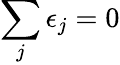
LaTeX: \sum_{j}\epsilon_{j}=0